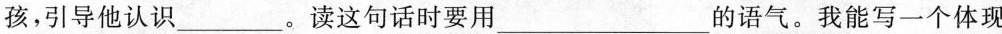
孩，引导他认识_____。读这句话时要用_____的语气。我能写一个体现